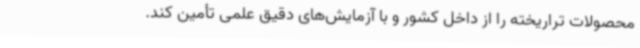
محصولات تراریخته را از داخل کشور و با آزمایش‌های دقیق علمی تأمین کند.